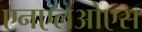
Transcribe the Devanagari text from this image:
एनएलओएस